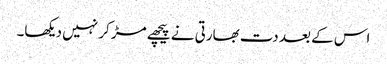
اس کے بعد دت بھارتی نے پیچھے مڑ کر نہیں دیکھا۔